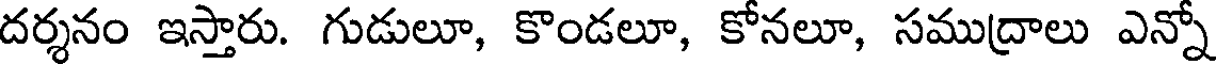
దర్శనం ఇస్తారు. గుడులూ, కొండలూ, కోనలూ, సముద్రాలు ఎన్నో